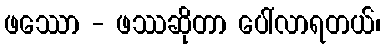
ဖဿော - ဖဿဆိုတာ ပေါ်လာရတယ်၊